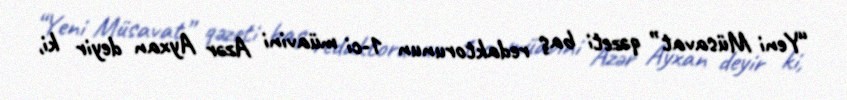
“Yeni Müsavat” qəzeti baş redaktorunun 1-ci müavini Azər Ayxan deyir ki,